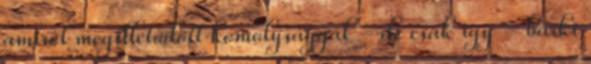
amiről megilletődött komolysággal - de csak így - bárki